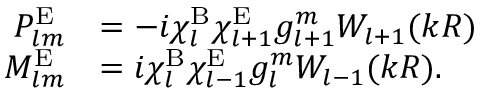
\begin{array} { r l } { P _ { l m } ^ { \mathrm { E } } } & { = - i \chi _ { l } ^ { \mathrm { B } } \chi _ { l + 1 } ^ { \mathrm { E } } g _ { l + 1 } ^ { m } W _ { l + 1 } ( k R ) } \\ { M _ { l m } ^ { \mathrm { E } } } & { = i \chi _ { l } ^ { \mathrm { B } } \chi _ { l - 1 } ^ { \mathrm { E } } g _ { l } ^ { m } W _ { l - 1 } ( k R ) . } \end{array}